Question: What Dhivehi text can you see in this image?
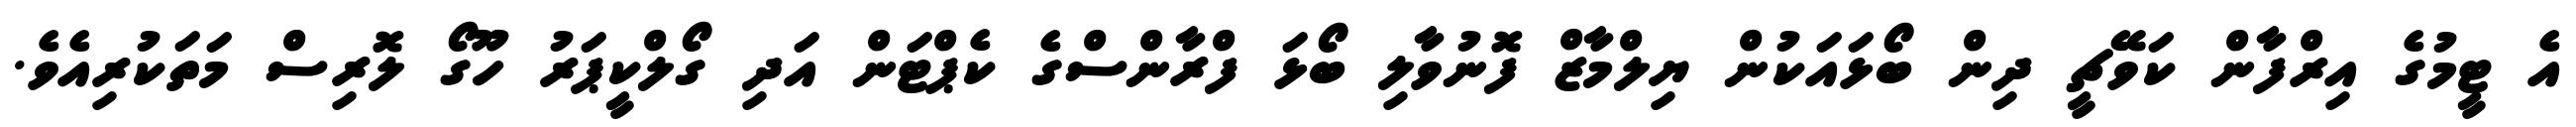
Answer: އެ ޓީމުގެ އިރްފާން ކަވޭޗީ ދިން ބޯޅައަކުން ޔިލްމާޒް ފޮނުވާލި ބޯޅަ ފްރާންސްގެ ކެޕްޓަން އަދި ގޯލްކީޕަރު ހޫގޯ ލޮރިސް މަތަކުރިއެވެ.